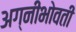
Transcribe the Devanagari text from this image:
अग्नीभोवती